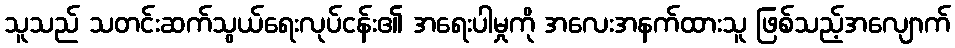
သူသည် သတင်းဆက်သွယ်ရေးလုပ်ငန်း၏ အရေးပါမှုကို အလေးအနက်ထားသူ ဖြစ်သည့်အလျောက်